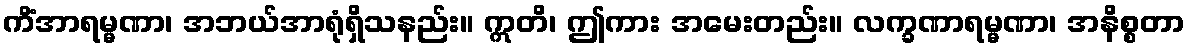
ကိံအာရမ္မဏာ၊ အဘယ်အာရုံရှိသနည်း။ ဣတိ၊ ဤကား အမေးတည်း။ လက္ခဏာရမ္မဏာ၊ အနိစ္စတာ